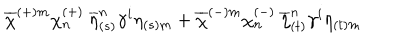
\overline { { { \chi } } } ^ { ( + ) m } \chi _ { n } ^ { ( + ) } \: \overline { { { \eta } } } _ { ( s ) } ^ { n } \gamma ^ { i } \eta _ { ( s ) m } + \overline { { { \chi } } } ^ { ( - ) m } \chi _ { n } ^ { ( - ) } \: \overline { { { \eta } } } _ { ( t ) } ^ { n } \gamma ^ { i } \eta _ { ( t ) m }